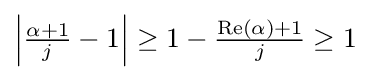
{\textstyle \left|{\frac {\alpha +1}{j}}-1\right|\geq 1-{\frac {\operatorname {Re} (\alpha )+1}{j}}\geq 1}